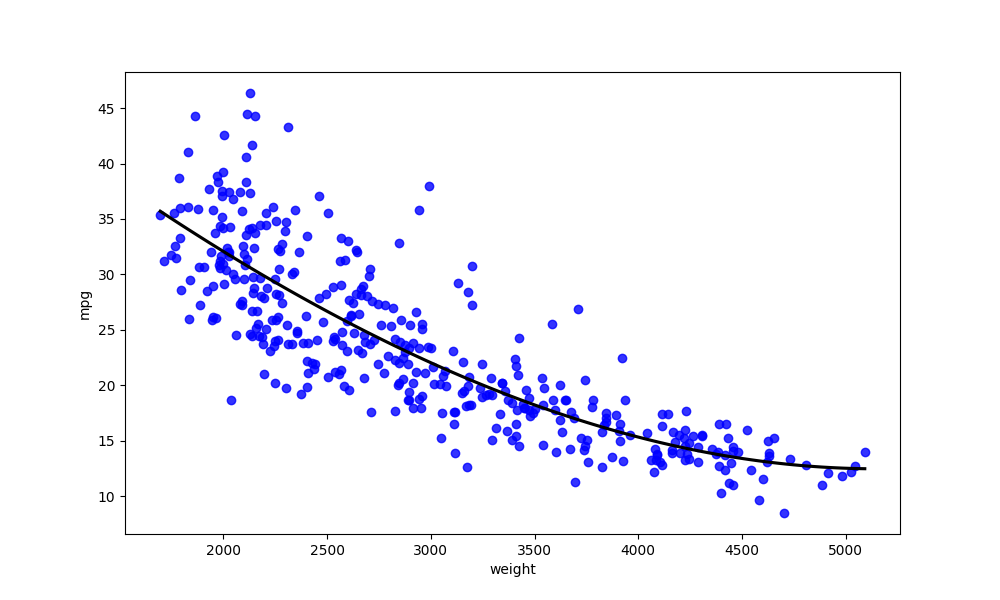
python, seaborn, regplot, order=3, ci=None, scatter_color=blue, line_color=black